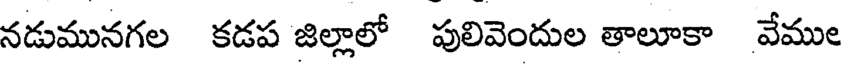
నడుమునగల కడప జిల్లాలో పులివెందుల తాలూకా వేముల